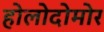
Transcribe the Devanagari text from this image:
होलोदोमोर